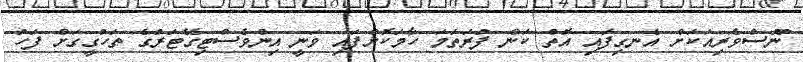
ނޫސްވެރިއަކަށް އެނގިފައި އޮތް ކަން ފުރަތަމަ ހާމަކޮށްފައި ވަނީ އިންވެސްޓިގޭޓަރުގެ ތަހުގީގަށް ފަހު